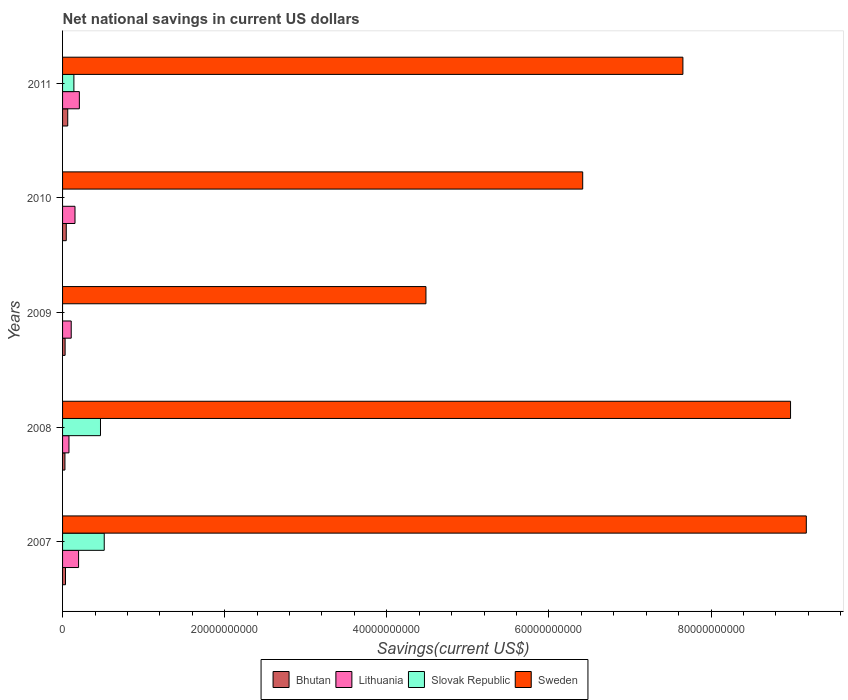
| Years | Bhutan | Lithuania | Slovak Republic | Sweden |
 | --- | --- | --- | --- | --- |
 | 2007 | 3.63e+08 | 1.98e+09 | 5.14e+09 | 9.17e+10 |
 | 2008 | 2.92e+08 | 7.9e+08 | 4.68e+09 | 8.98e+10 |
 | 2009 | 3.13e+08 | 1.07e+09 | -1.82e+09 | 4.48e+10 |
 | 2010 | 4.57e+08 | 1.53e+09 | -7.26e+07 | 6.42e+10 |
 | 2011 | 6.38e+08 | 2.07e+09 | 1.4e+09 | 7.65e+10 |